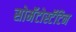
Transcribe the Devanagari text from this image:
सोमॅटोस्टॅटिन